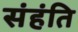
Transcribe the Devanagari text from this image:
संहंति